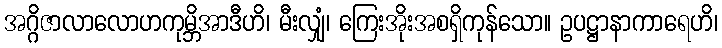
အဂ္ဂိဇာလာလောဟကုမ္ဘိအာဒီဟိ၊ မီးလျှံ၊ ကြေးအိုးအစရှိကုန်သော။ ဥပဋ္ဌာနာကာရေဟိ၊